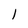
Character: I